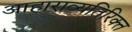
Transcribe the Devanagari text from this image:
आहाराव्यतिरिक्त